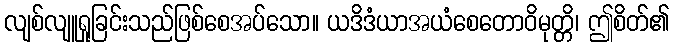
လျစ်လျူရှုခြင်းသည်ဖြစ်စေအပ်သော။ ယဒိဒံယာအယံစေတောဝိမုတ္တိ၊ ဤစိတ်၏